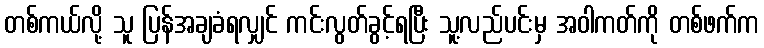
တစ်ကယ်လို့ သူ ပြန်အချခံရလျှင် ကင်းလွတ်ခွင့်ရပြီး သူ့လည်ပင်းမှ အဝါကတ်ကို တစ်ဖက်က